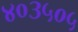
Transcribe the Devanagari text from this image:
४०३५०५